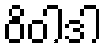
ဝိဝါဒါ